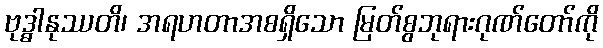
ဗုဒ္ဓါနုဿတိ၊ အရဟတာအစရှိသော မြတ်စွဘုရားဂုဏ်တော်ကို